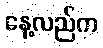
နေ့လည်က